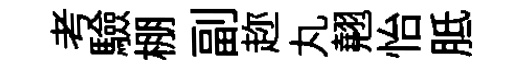
考驗棚副趂丸翹怡胝